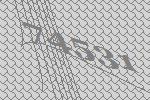
74531